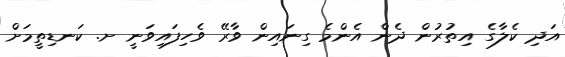
އަދި ކެލާގެ އިތުރުން ދެން އެންމެ ގިނައިން ވާރޭ ވެހިފައިވަނީ ށ. ކަނޑިތީމަށް